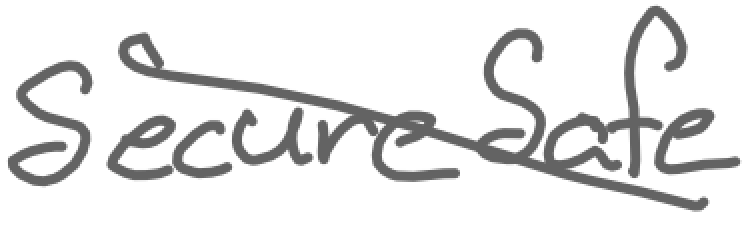
Text: SecureSafe
Cross-out: diagonal
Writing tool: digital_gray